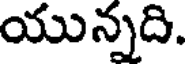
యున్నది.